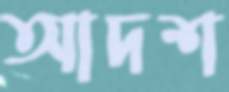
আদশ